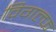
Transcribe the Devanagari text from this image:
विगल्फ़